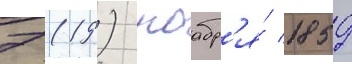
7 (19) ноабр'я́ 1859